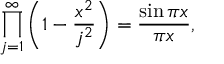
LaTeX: \prod _ { j = 1 } ^ { \infty } \left( 1 - { \frac { x ^ { 2 } } { j ^ { 2 } } } \right) = { \frac { \sin \pi x } { \pi x } } ,